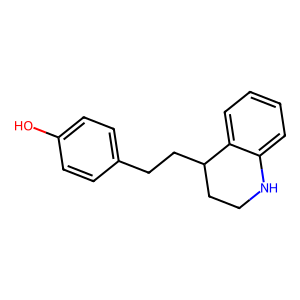
SMILES: Oc1ccc(CCC2CCNc3ccccc32)cc1
Inhibits HIV replication: No